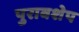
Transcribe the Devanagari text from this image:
पुरावशेप